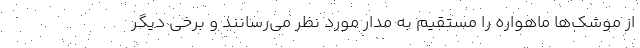
از موشک‌ها ماهواره را مستقیم به مدار مورد نظر می‌رسانند و برخی دیگر